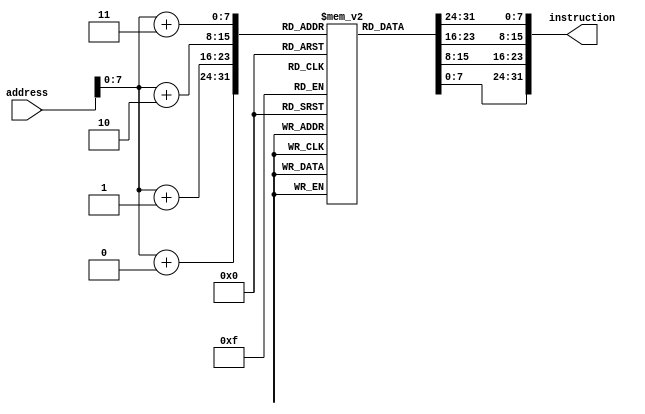
module IMEM(
input [31:0] address,
output [31:0] instruction );

reg [7:0] rom [128:0];

initial 
begin
	////////////////// Test Hazard Pipeline ////////////////  
	{rom[3],rom[2],rom[1],rom[0]}     	=	32'b0000000_01111_00001_000_10001_0110011;
	{rom[7],rom[6],rom[5],rom[4]}      	=	32'b0000000_01110_01101_000_01100_0110011;  
	{rom[11],rom[10],rom[9],rom[8]}  	=	32'b0000000_00001_00100_000_00011_0100011;  //Storing reg 1 to reg 3+offset(100)) to   PC 1000
	{rom[15],rom[14],rom[13],rom[12]} 	=	32'b00000000011_00100_000_01111_0000011; // lb x15,0(x5)  //1100
	{rom[19],rom[18],rom[17],rom[16]}       =	32'b0000000_01111_00000_000_00101_0110011; // add x1,x1,x15 
	//{rom[11],rom[10],rom[9],rom[8]}     =	 32'b0000000_01111_00000_000_00010_0110011; // add x2,x0,x15 
	//{rom[15],rom[14],rom[13],rom[12]}   =	 32'b000000001110_00100_000_01000_0010011;  // add x8,x4,14
	//{rom[19],rom[18],rom[17],rom[16]}   =	 32'b000000001111_00011_000_00111_0010011;  // add x7,x3,15

	/////  test 1 ///{rom[11],rom[10],rom[9],rom[8]}       =	 32'b0000000_00001_00010_000_00010_0110011;
	/////  test 2 ///{rom[15],rom[14],rom[13],rom[12]}     =	 32'b0000000_00001_00010_000_00011_0110011;
	//rom[23],rom[22],rom[21],rom[20]}   =    32'b000000000100_00011_000_01101_0000011;  //lb x13,4(x3)
	//{rom[27],rom[26],rom[25],rom[24]}   =	 32'b000000000100_00101_000_01010_0000011;  //lb x10,4(x5)
	//{rom[31],rom[30],rom[29],rom[28]}   =	 32'b000000000000_01010_000_01111_0010011;  //addi x15,x10,x0
	//{rom[35],rom[34],rom[33],rom[32]}   =    32'b000000000000_01101_000_10001_0010011;  //addi x17,x13,x0

	///////////////////////////////// Program //////////////////////////////////////////////////////

	//{rom[3],rom[2],rom[1],rom[0]}     =	 32'b0000000_01111_00001_000_00001_0110011; //Adding two Numbers 15 + 1 = 16 (Storing them in Reg 1)// PC 000
	//{rom[7],rom[6],rom[5],rom[4]}     =	 32'b0100000_01111_00001_000_00010_0110011; //Adding two Numbers 16 - 15 = 1 (Storing them in Reg 2)// PC 100
	//{rom[11],rom[10],rom[9],rom[8]}   =	 32'b0000000_00001_00011_000_00100_0100011;  //Storing reg 1 to reg 3+offset(100)) to   PC 1000
	//{rom[15],rom[14],rom[13],rom[12]} =	 32'b0000000_00010_00100_000_00100_0100011; //Storing reg 2 to reg 4+offset 100     //1100
	//{rom[19],rom[18],rom[17],rom[16]}   =	 32'b0000001_00010_00001_001_00000_1100011; //Comparing reg "10" and "01" (If Branch Not Equal go to address 10000)  // PC 10000
	// Jumped Instructions
	//{rom[23],rom[22],rom[21],rom[20]}   =	 32'b0000000_00001_00010_000_00100_0100011; //It will be jumped What ever it maybe     //PC 10100
	//{rom[27],rom[26],rom[25],rom[24]}   =	 32'b0000000_00001_00010_000_00100_0100011; 	//PC 11000
	//{rom[31],rom[30],rom[29],rom[28]}   =	 32'b0000000_00001_00010_000_00100_0100011;		//PC 11100
	//{rom[35],rom[34],rom[33],rom[32]}   =	 32'b0000000_00001_00010_000_00100_0100011;		//PC 100000
	//{rom[39],rom[38],rom[37],rom[36]}   =	 32'b0000000_00001_00010_000_00100_0100011;		//PC 100100
	//{rom[43],rom[42],rom[41],rom[40]}   =	 32'b0000000_00001_00010_000_00100_0100011;		//PC 101000
	//{rom[47],rom[46],rom[45],rom[44]}   =	 32'b0000000_00001_00010_000_00100_0100011;		//PC 101100
	//{rom[51],rom[50],rom[49],rom[48]}   =	 32'b0000000_00001_00010_000_00100_0100011;
	
	//{rom[51],rom[50],rom[49],rom[48]}   =	 32'b000000000100_00100_000_00101_0000011; 	//loading the Values from 4+ offset 100 to reg 5//PC 110000
	//{rom[55],rom[54],rom[53],rom[52]}   =  32'b000000000100_00011_000_00111_0000011;	//loading the Values from 3+ offset 100	to reg 7//PC 110100
	//{rom[59],rom[58],rom[57],rom[56]}   =	 32'b000000000000_00101_000_01111_0010011;
	//{rom[63],rom[62],rom[61],rom[60]}   =	 32'b000000000000_00111_000_10001_0010011;
	
	//////////////////////////////// End Program ///////////////////////////////////////////////////


	/////////// U Type ///////////////////////////////

	//{rom[3],rom[2],rom[1],rom[0]}       	=	 32'b0000000000000001000_10000_0010111;  //AUIPC
	//{rom[7],rom[6],rom[5],rom[4]}       	=	 32'b0000000000000011000_01100_0110111;  //LUI

	/////////// J-Type ///////////////////////////////

	//{rom[3],rom[2],rom[1],rom[0]}       	=	 32'b0000000000000001000_10000_1101111;  //Jal

	/////////// jalr Instr ///////////////////////////

	//{rom[3],rom[2],rom[1],rom[0]}       	=	 32'b000000010000_00010_000_10000_1100111; //JALr

	/////////// Branch instruction ///////////////////

	//{rom[3],rom[2],rom[1],rom[0]}         	=	 32'b0000000_00010_00010_000_10000_1100011; //BEQ
	//{rom[3],rom[2],rom[1],rom[0]}      		=	 32'b0000000_00010_00011_001_10000_1100011; //BNE 
	//{rom[3],rom[2],rom[1],rom[0]}       		=	 32'b0000000_01011_00111_100_10000_1100011; //BLT
	//{rom[3],rom[2],rom[1],rom[0]}       		=	 32'b0000000_01011_01111_101_10000_1100011; //BGE
	//{rom[3],rom[2],rom[1],rom[0]}       		=	 32'b0000000_11000_11111_110_10000_1100011; //BLTu
	//{rom[3],rom[2],rom[1],rom[0]}       		=	 32'b0000000_10000_10111_111_10000_1100011; //BGEu


	////////// S-Type and I-Load Type /////////////////

	//{rom[3],rom[2],rom[1],rom[0]}     	=	 32'b000000000000_00010_000_00101_0000011; //Sb
	//{rom[7],rom[6],rom[5],rom[4]}     	=	 32'b0000000_01110_00101_000_01100_0110011;//lb
	//{rom[11],rom[10],rom[9],rom[8]}  	= 	 32'b0000000_01110_00101_000_01100_0110011;
	//{rom[11],rom[10],rom[9],rom[8]}       =	 32'b0000000_00010_00010_000_00100_0100011; //Sb
	//{rom[15],rom[14],rom[13],rom[12]}     =	 32'b000000000100_00010_000_00110_0000011; //lb
	

	////////// I-Type basic ///////////////////////////

	//{rom[3],rom[2],rom[1],rom[0]}      	  =	 32'b000000001110_00001_000_01111_0010011; //Addi
	//{rom[7],rom[6],rom[5],rom[4]}	 	  =	 32'b0000000_01101_00001_001_01111_0010011; //SLLi
	//{rom[11],rom[10],rom[9],rom[8]}	  =	 32'b000000001110_00001_010_01111_0010011; //SLTi
	//{rom[15],rom[14],rom[13],rom[12]}	  =	 32'b000000001110_00001_011_01111_0010011; //SLTiu
	//{rom[19],rom[18],rom[17],rom[16]}	  =	 32'b000000001110_00001_100_01111_0010011; //XORi
	//{rom[23],rom[22],rom[21],rom[20]}	  =	 32'b0000000_00001_01101_101_01111_0010011; //SRLi
	//{rom[27],rom[26],rom[25],rom[24]}	  =	 32'b0100000_00001_01101_101_01111_0010011; //SRAi
	//{rom[31],rom[30],rom[29],rom[28]}	  =	 32'b000000001110_00001_110_01111_0010011; //ORi
	//{rom[35],rom[34],rom[33],rom[32]}	  =	 32'b000000001110_00001_111_01111_0010011; //ANDi
	
	/////////// R-Type Instructions //////////////////

	//{rom[3],rom[2],rom[1],rom[0]}     =	 32'b0000000_01110_01101_000_01100_0110011; //Add
	//{rom[7],rom[6],rom[5],rom[4]}     =	 32'b0100000_01110_01100_000_01111_0110011; //SUB
	//{rom[11],rom[10],rom[9],rom[8]}   = 	 32'b0000000_01110_01101_001_01100_0110011; //SLL
	//{rom[15],rom[14],rom[13],rom[12]} = 	 32'b0000000_01110_01101_010_01100_0110011; //SLT
	//{rom[19],rom[18],rom[17],rom[16]} = 	 32'b0000000_01110_01101_011_01100_0110011; //SLTu
	//{rom[23],rom[22],rom[21],rom[20]} = 	 32'b0000000_01110_01101_100_01100_0110011; //XOR
	//{rom[27],rom[26],rom[25],rom[24]} = 	 32'b00000000111001101_101_01100_0110011; //SRL
	//{rom[31],rom[30],rom[29],rom[28]} = 	 32'b00000000111001101_110_01100_0110011; //OR
	//{rom[35],rom[34],rom[33],rom[32]} = 	 32'b00000000111001101_111_01100_0110011; //AND
	//{rom[39],rom[38],rom[37],rom[36]} = 	 32'b00000000111001101_110_01100_0110011; //OR
	//{rom[43],rom[42],rom[41],rom[40]} = 	 32'b01000000111001101_101_01100_0110011; //SRA
end
	assign instruction = {rom[address+3],rom[address+2],rom[address+1],rom[address+0]}; 
endmodule